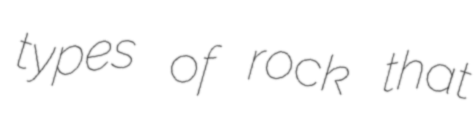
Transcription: types of rock that